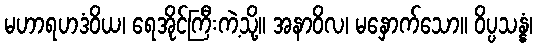
မဟာရဟဒံဝိယ၊ ရေအိုင်ကြီးကဲ့သို့။ အနာဝိလ၊ မနှောက်သော။ ဝိပ္ပသန္နံ၊